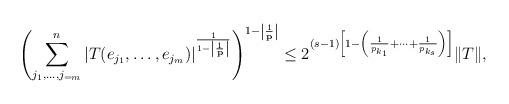
LaTeX: \begin{align*}\left( \sum_{j_{1},\ldots,j_{=m}}^{n}|T(e_{j_{1}},\ldots,e_{j_{m}})|^{\frac{1}{1-\left|\frac{1}{\mathbf{p}}\right|}}\right) ^{1-\left|\frac{1}{\mathbf{p}}\right|}\leq 2^{(s-1)\left[1-\left(\frac{1}{p_{k_1}}+\cdots+\frac{1}{p_{k_s}}\right)\right]}\Vert T\Vert,\end{align*}